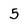
Character: 5